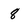
Character: 8